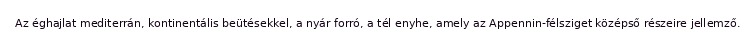
Az éghajlat mediterrán, kontinentális beütésekkel, a nyár forró, a tél enyhe, amely az Appennin-félsziget középső részeire jellemző.